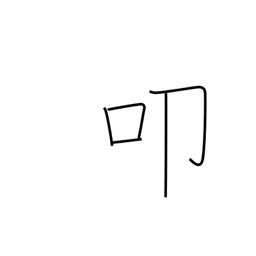
Meaning: kow tow